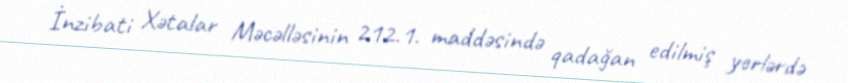
İnzibati Xətalar Məcəlləsinin 212.1. maddəsində qadağan edilmiş yerlərdə